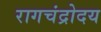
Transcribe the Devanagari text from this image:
रागचंद्रोदय